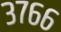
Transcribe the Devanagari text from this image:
३७६६